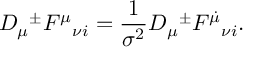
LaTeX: D _ { \mu } { } ^ { \pm } { \cal F } ^ { \mu } { } _ { \nu i } = \frac { 1 } { \sigma ^ { 2 } } { \cal D } _ { \mu } { } ^ { \pm } { \cal F } ^ { \dot { \mu } } { } _ { \nu i } .